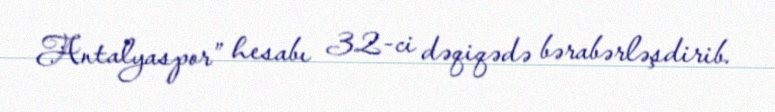
Antalyaspor” hesabı 32-ci dəqiqədə bərabərləşdirib.